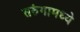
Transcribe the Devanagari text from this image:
तरुंगामध्ये